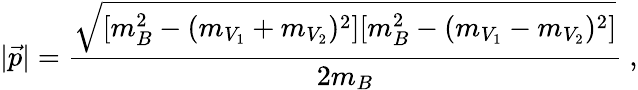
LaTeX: |\vec{p}|=\frac{\sqrt{[m_{B}^{2}-(m_{V_{1}}+m_{V_{2}})^{2}][m_{B}^{2}-(m_{V_{1}}-m_{V_{2}})^{2}]}}{2m_{B}}\ ,